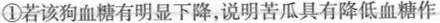
①若该狗血糖有明显下降，说明苦瓜具有降低血糖作